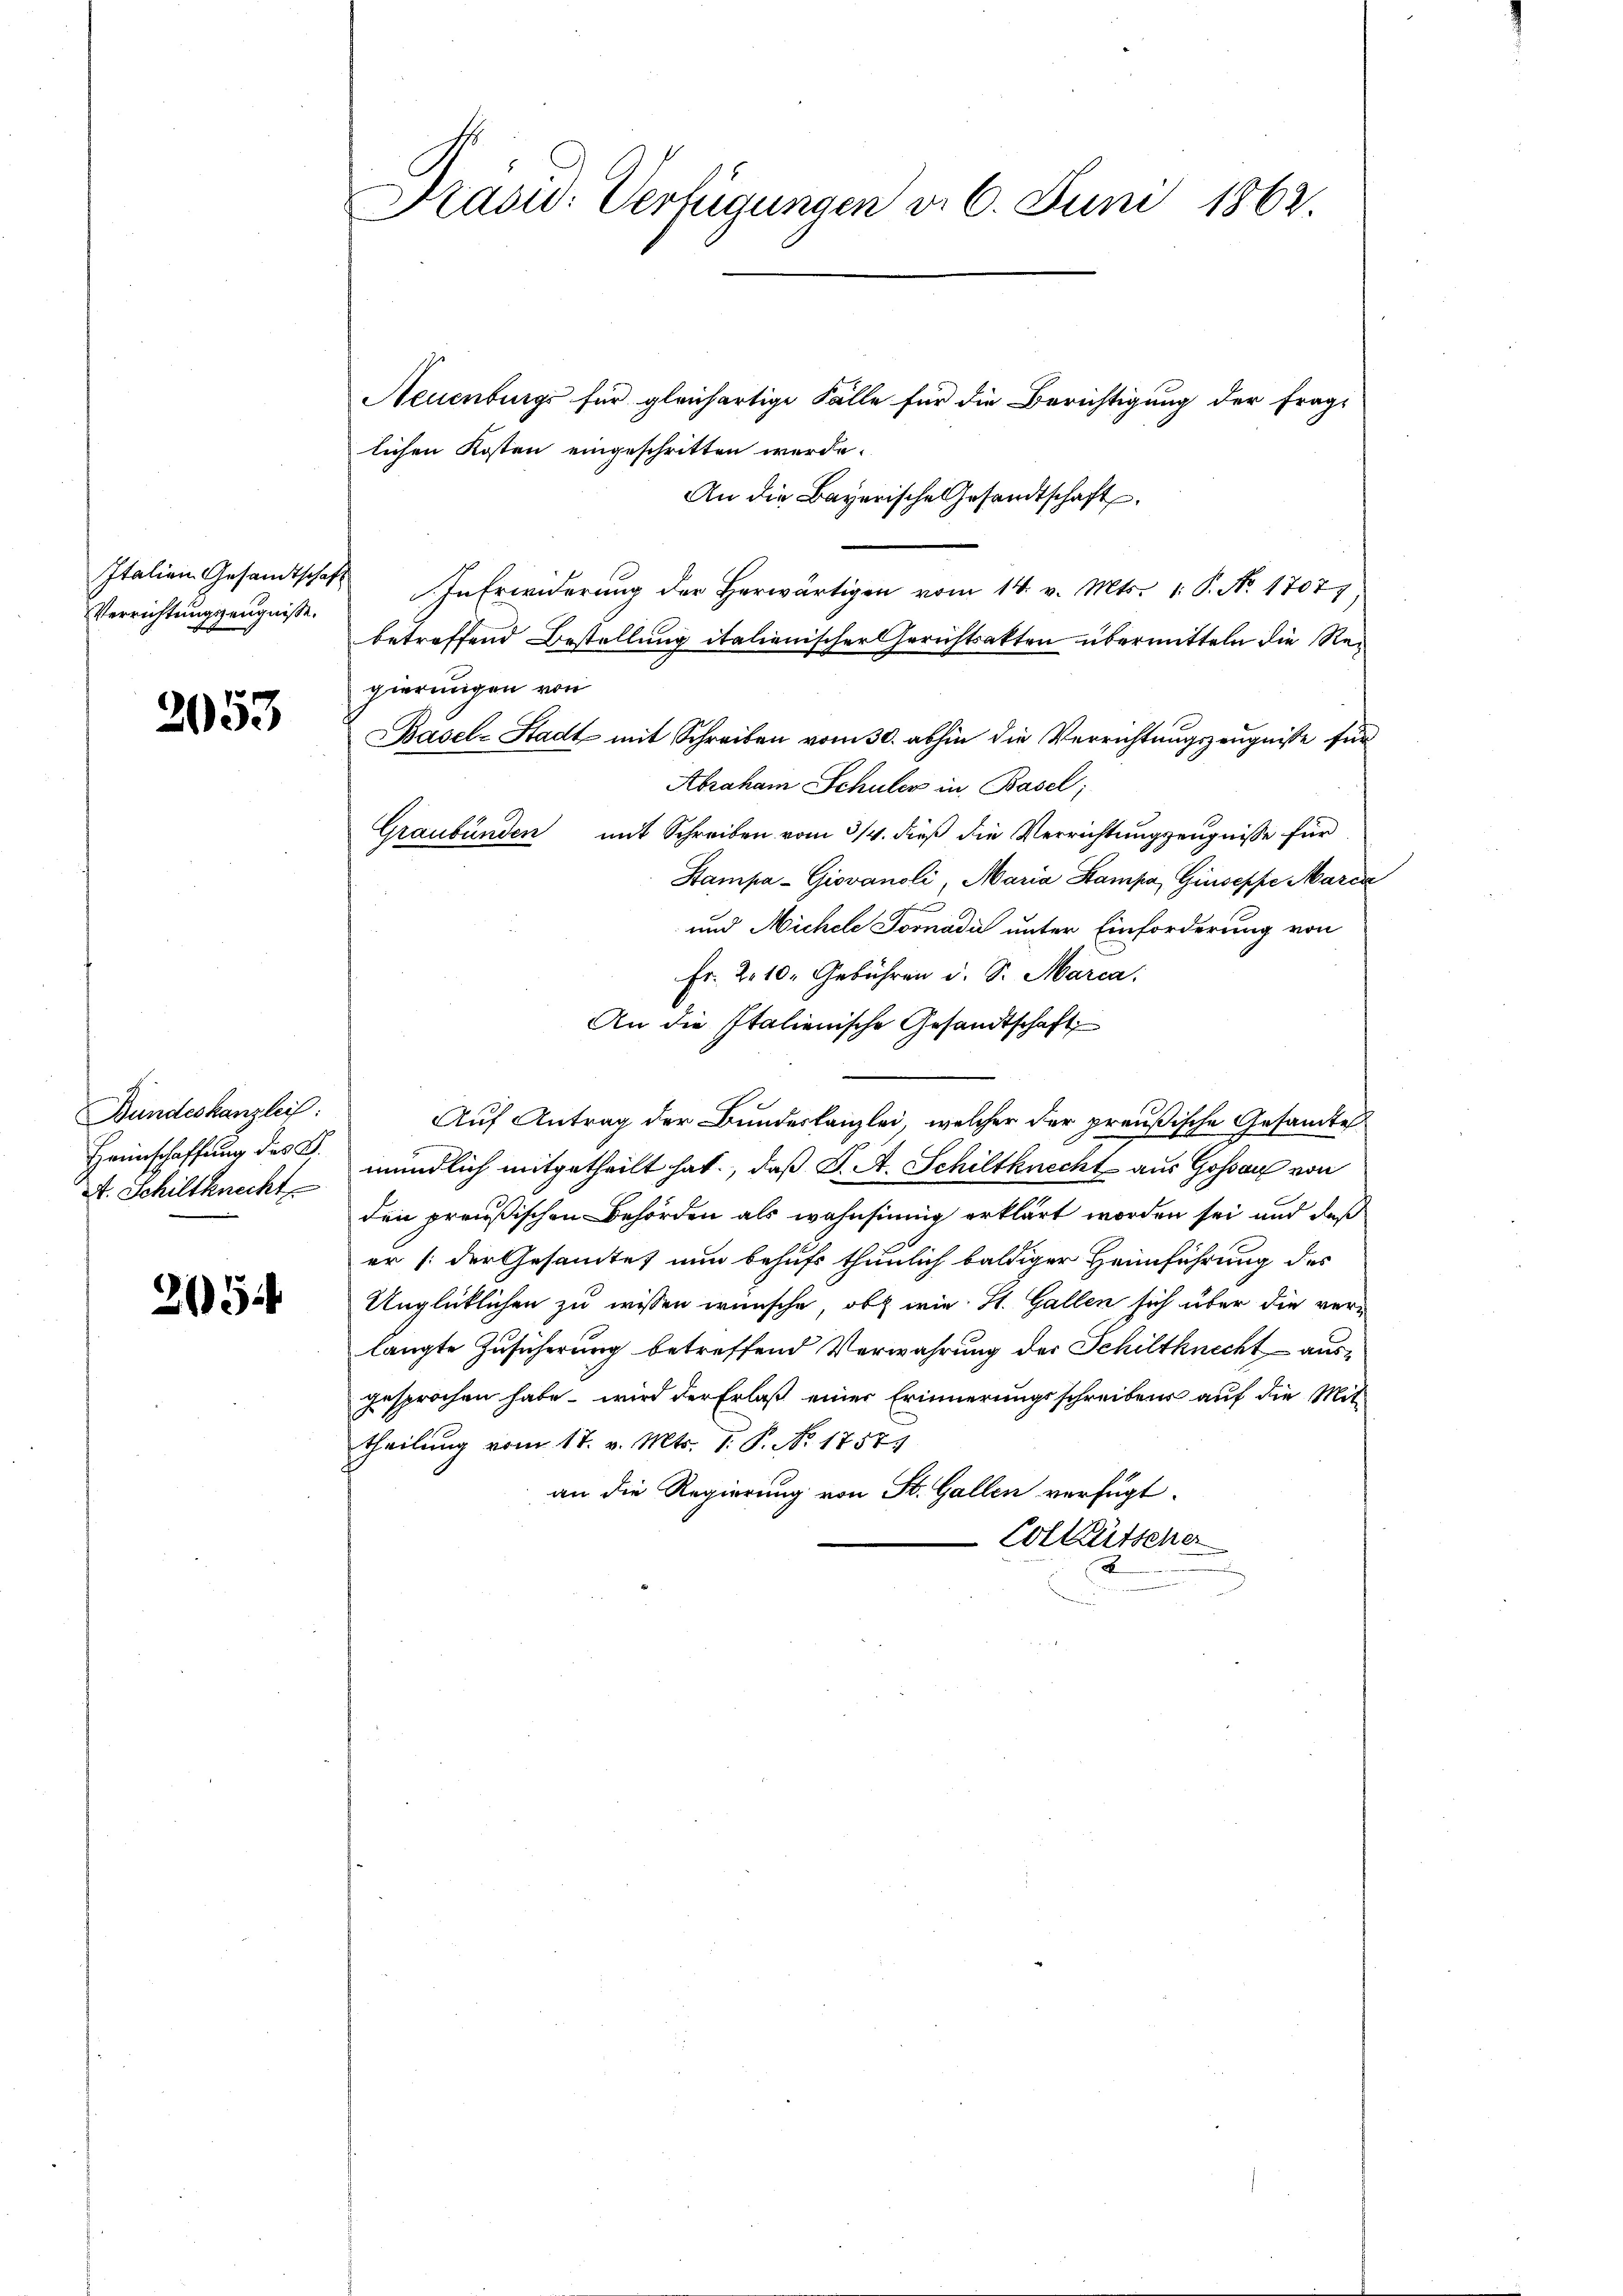
Italien Gesandtschaft
Verrichtungszeugnisse.

2053

Bundeskanzlei:
Heimschaffung des B.
A. Schiltknecht

254

Prasid. Verfügungen d. 6. Juni 1862

Neuenburgs für gleichartige Fälle für die Berichtigung der frag-
lichen Kosten eingeschritten werde.
An die Bayerische Gesandtschaft.
In Erwiderung der Herwärtigen vom 14. v. Mts. 1. P. No. 1707
betreffend Bestellung italienischer Gerichtsakten übermitteln die Regierungen von
Basel-Stadt mit Schreiben vom 30. abhin die Verrichtungszeugnisse für
Abraham Schuler in Basel;
Graubünden mit Schreiben vom 3/4. dieß die Verrichtungszeugnisse für
Stampa-Giovanoli, Maria Stampa, Giusepfe Marca
n
und Michele Josnada unter Einforderung von
Fr. 2. 10. Gebühren d. S. Marca.
An die Italienische Gesandtschaft
Auf Antrag der Bundeskanzlei, welcher der preußische Gesandte
mündlich mitgetheilt hat, daß J. A. Schiltknecht aus Goßau von
den preußischen Behörden als wahnsinnig erklärt worden sei und daß
er (der Gesamtes nun behufs thunlich baldiger Heimführung des
Unglücklichen zu wissen wünsche, ob wie St. Gallen sich über die verlangte Zusicherung betreffend Verwahrung der Schiltknecht aus-
gesprochen habe – wird der Erlaß einer Erinnerungsschreibens auf die Mit
theilung vom 17. v. Mts. 1. P. No. 17571
an die Regierung von St. Gallen verfügt:
Coltütscher